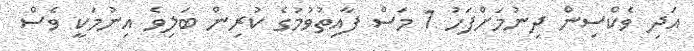
އަދި ވެކްސިން ދިނުމަށްފަހު 1 މަސް ފާއިތުވުމުގެ ކުރިން ބަލިވެ އިނުމަކީ ވެސް